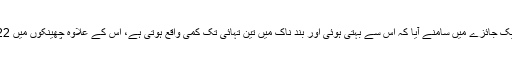
زنک کی ایک اضافی خوراک کے زکام پر اثرات کے معائنے کے ایک جائزے میں سامنے آیا کہ اس سے بہتی ہوئی اور بند ناک میں تین تہائی تک کمی واقع ہوتی ہے، اس کے علاوہ چھینکوں میں 22 فیصد کمی اور کھانسی کی شدت میں 50 فیصد تک کمی ہوتی ہے۔